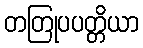
တတြုပပတ္တိယာ